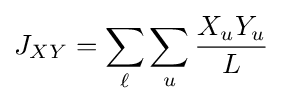
J_{XY}=\sum _{\ell }\sum _{u}{\frac {X_{u}Y_{u}}{L}}